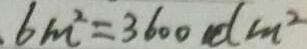
6 m ^ { 2 } = 3 6 0 0 d m ^ { 2 }